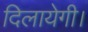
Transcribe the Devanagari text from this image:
दिलायेगी।